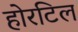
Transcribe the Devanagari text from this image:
होरटिल